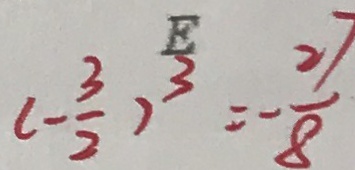
( - \frac { 3 } { 2 } ) ^ { 3 } = - \frac { 2 7 } { 8 }